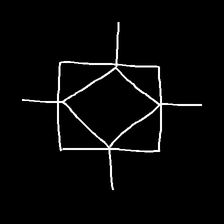
Glyph: light